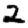
Digit: 2